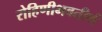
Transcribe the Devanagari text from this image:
रोहिणीभवतीर्थ